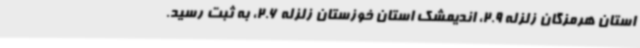
استان هرمزگان زلزله 2.9، اندیمشک استان خوزستان زلزله 2.6، به ثبت رسید.